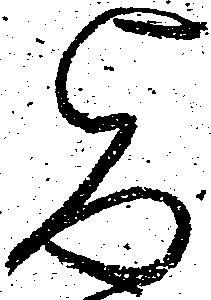
旨